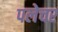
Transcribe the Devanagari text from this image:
पलेचर